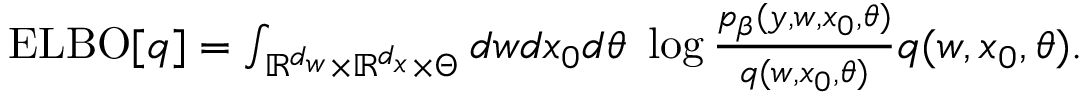
\begin{array} { r } { \operatorname { E L B O } [ q ] = \int _ { \mathbb { R } ^ { d _ { w } } \times \mathbb { R } ^ { d _ { x } } \times \Theta } d w d x _ { 0 } d \theta \ \log { \frac { p _ { \beta } ( y , w , x _ { 0 } , \theta ) } { q ( w , x _ { 0 } , \theta ) } } q ( w , x _ { 0 } , \theta ) . } \end{array}